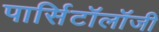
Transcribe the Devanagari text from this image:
पार्सिटॉलॉजी